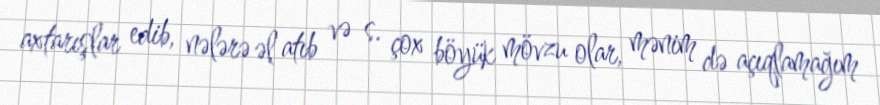
axtarışlar edib, nələrə əl atıb və s. çox böyük mövzu olar, mənim də açıqlamağım